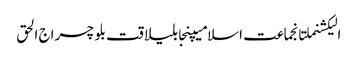
الیکشنملتانجماعت اسلامیپنجابلیاقت بلوچسراج الحق